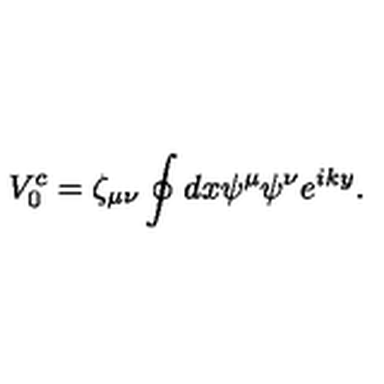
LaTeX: V _ { 0 } ^ { c } = \zeta _ { \mu \nu } \oint d x \psi ^ { \mu } \psi ^ { \nu } e ^ { i k y } .